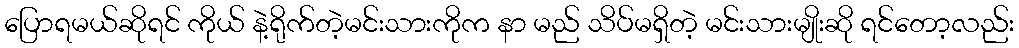
ပြောရမယ်ဆိုရင် ကိုယ် နဲ့ရိုက်တဲ့မင်းသားကိုက နာ မည် သိပ်မရှိတဲ့ မင်းသားမျိုးဆို ရင်တော့လည်း